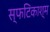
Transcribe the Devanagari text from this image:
स्फटिकाश्म